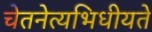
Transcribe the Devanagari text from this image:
चेतनेत्यभिधीयते